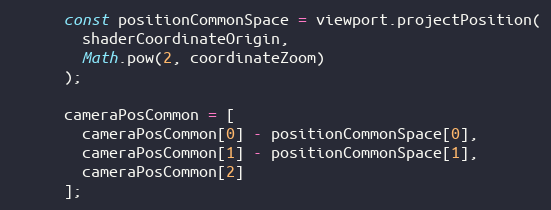
Language: JavaScript
      const positionCommonSpace = viewport.projectPosition(
        shaderCoordinateOrigin,
        Math.pow(2, coordinateZoom)
      );

      cameraPosCommon = [
        cameraPosCommon[0] - positionCommonSpace[0],
        cameraPosCommon[1] - positionCommonSpace[1],
        cameraPosCommon[2]
      ];